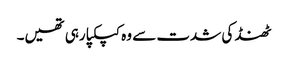
ٹھنڈ کی شدت سے وہ کپکپا رہی تھیں۔